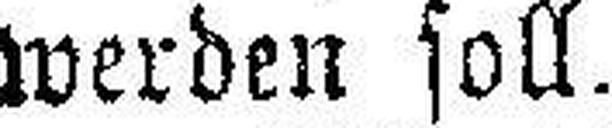
werden soll.